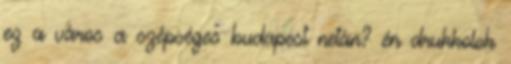
ez a város a szépséges budapest netán? én drukkolok